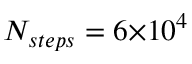
N _ { s t e p s } = 6 { \times } 1 0 ^ { 4 }